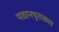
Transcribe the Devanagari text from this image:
पठानपुराकल